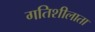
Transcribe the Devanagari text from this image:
गतिशीलाता